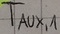
Text: TAUX,1